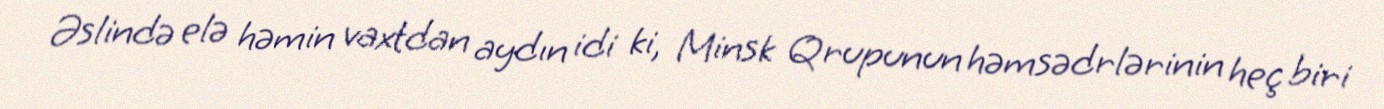
Əslində elə həmin vaxtdan aydın idi ki, Minsk Qrupunun həmsədrlərinin heç biri